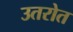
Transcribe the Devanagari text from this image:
उतरोत